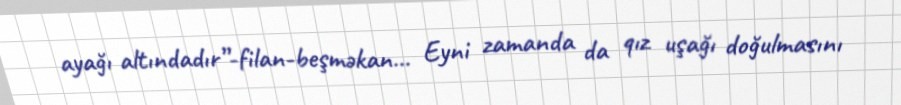
ayağı altındadır”-filan-beşməkan... Eyni zamanda da qız uşağı doğulmasını